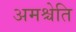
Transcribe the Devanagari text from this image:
अमश्चेति